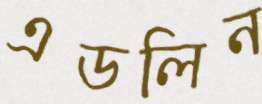
এডলিন